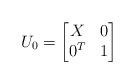
LaTeX: \begin{align*}U_0=\begin{bmatrix}X & 0\\0^T & 1\end{bmatrix}\end{align*}